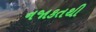
નજાકતથી